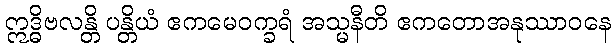
ဣဒ္ဓိဗလန္တိ ပန္တိယံ ဧကမေဝက္ခရံ အသ္မနီတိ ဧကတောအနုဿာဝနေ